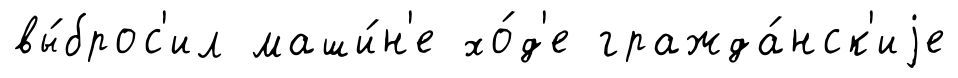
вы́брос'ил маши́н'е хо́д'е гражда́нск'иjе